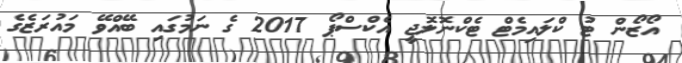
އޯޒޯން ޓު ކްލައިމެޓް ޓެކްނޮލޮޖީ އެކްސްޕޯ 2017 ގެ ނަމުގައި ބޭއްވޭ މައުރަޒެގެ